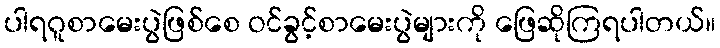
ပါရဂူစာမေးပွဲဖြစ်စေ ဝင်ခွင့်စာမေးပွဲများကို ဖြေဆိုကြရပါတယ်။